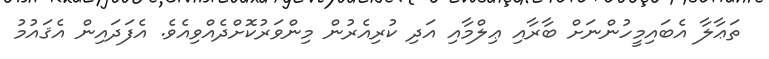
ތަޢާލާ އެބައިމީހުންނަށް ބާރާއި ޢިލްމާއި އަދި ކުރިއެރުން މިންވަރުކޮށްދެއްވިއެވެ. އެފަދައިން އެޤައުމު